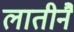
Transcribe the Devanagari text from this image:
लातीनै